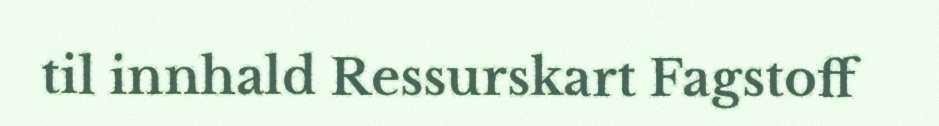
til innhald Ressurskart Fagstoff